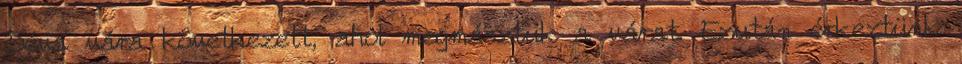
Déva vára következett, ahol megmásztuk a várat. Ezután érkeztünk